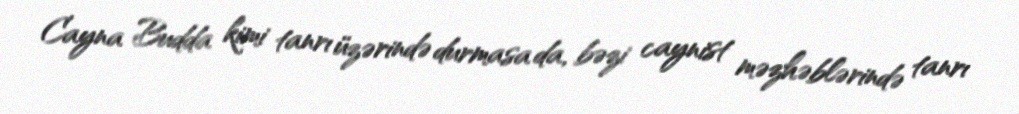
Cayna Budda kimi tanrı üzərində durmasa da, bəzi caynist məzhəblərində tanrı